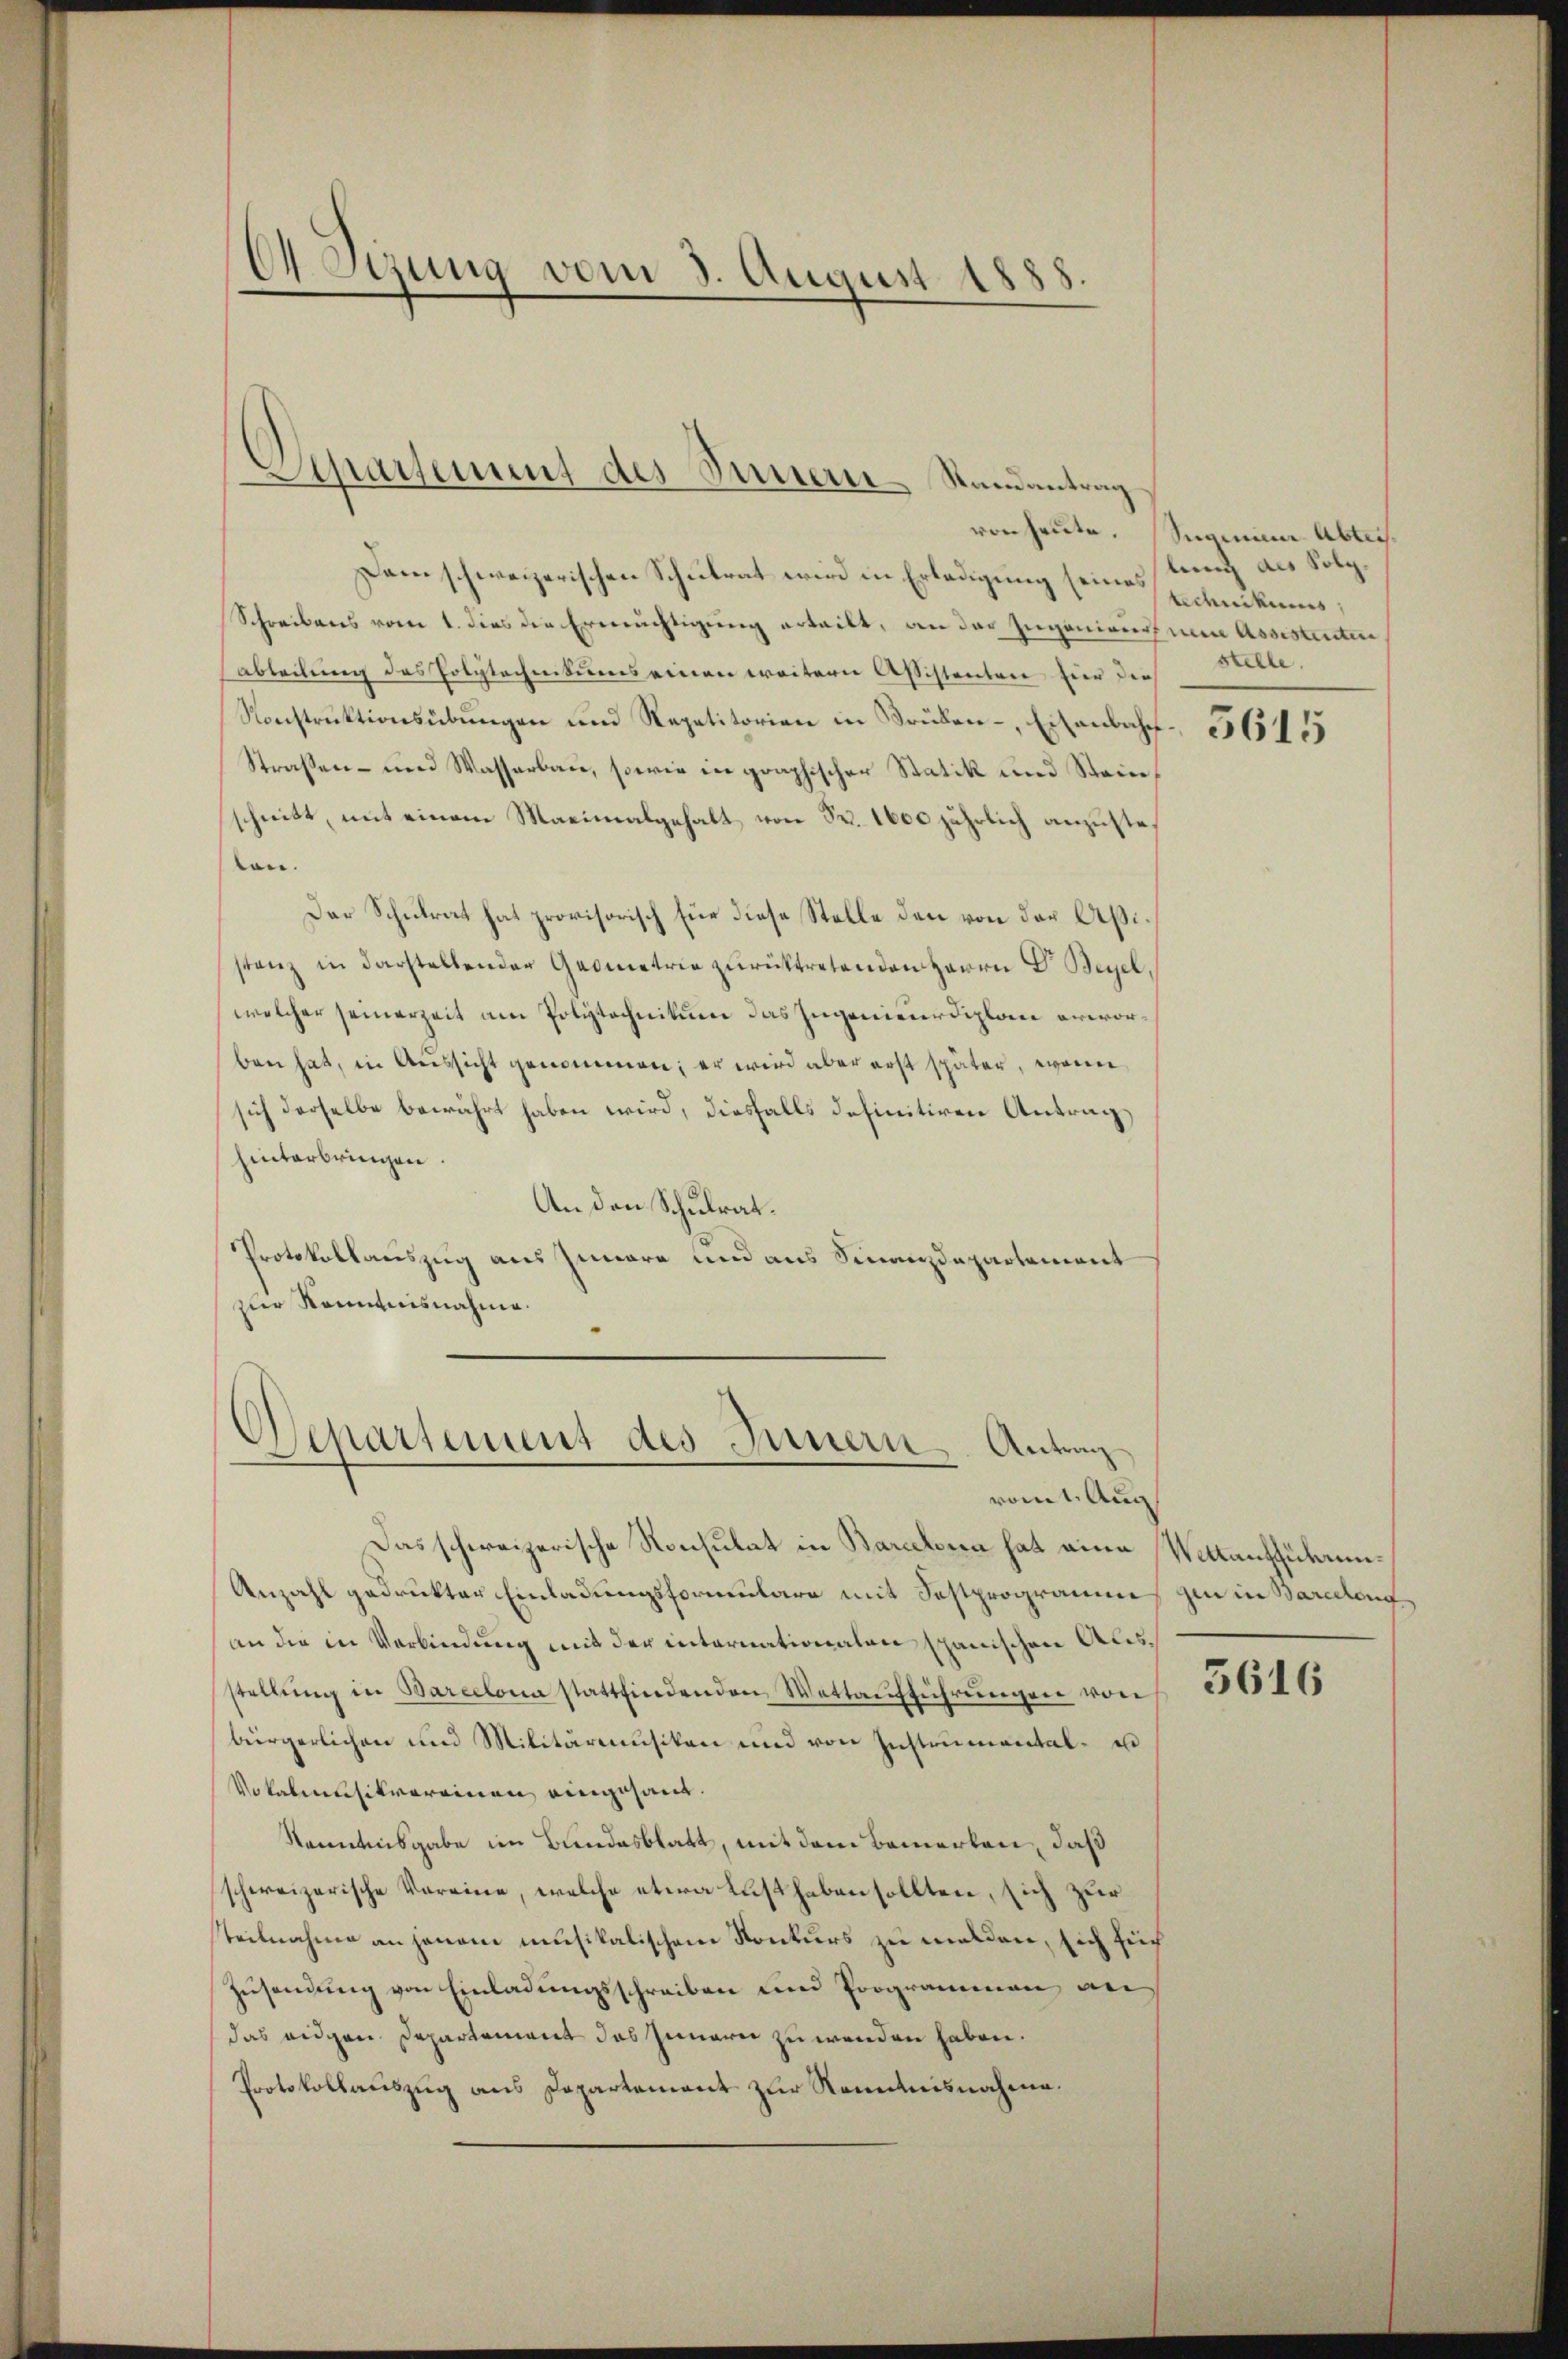
64 Szung vom 3. August 1888.

Separtement des Stern Randantrag

Dam schweizerischen Schulrat wird in Erledigung seines lung als Folg¬
Schreibens vom 1. dies die Ermächtigung erteilt, an des Ingeniens in Assistenten
abteilung des Polytechnitums einen weitern Assistenten für die
Konstruktionsübungen und Repetitorien in Trülen-, Eisenbahn¬
Straßen- und Wasserbau, sowie in graphischer Statik und Stein
schnitt, mit einem Maximalgehalt von Nr. 1600 jährlich anzustevon.
Der Schulrat hat provisorisch für diese Stelle den von der Aßistanz in darstellender Geometrie zurücktretenden Herrn Dr. Beyel,
welcher seinerzeit am Polytechnikum das Ingenieur diplane erworben hat, in Aussicht genommen; er wird aber erst später, wenn
sich derselbe bewährt haben wird, diesfalls definitiven Antrag,
hinterbringen.
An den Schulrat¬
Protokollauszug aus Innere und aus Finanzdepartement
zur Kenntnisnahme.

Departement des Innern, Antrag
vomt. Aug

Das schweizerische Konsulat in Barceloren hat eine Weltaufführen¬
Anzahl gedrukten Einladungsformulare mit Festprogramm zu in Barceleng
an die in Verbindung mit der internationalen spanischen Ausstellŭng in Barcelona stattfindenden Wottaŭfführŭngen von
bürgerlichen und Militärmusiken und von Instrumental- u
Vokalmasikvereinen eingesant.
Kenntnisgabe im Bundesblatt, mit dem Bemerken, daß
schweizerische Vereine, welche etwa Lust haben sollten, sich zur
Teilnahme an jenem musikalischem Konturs zu melden, sich such
Zusendung von Einladungsschreiben und Programmen an
das eidgen. Departement das Innern zu wenden haben.
Protokollauszug aus Departement zur Kenntnisnahme.

von heute. Samni Abteistechnikums,
stelle.

5615

5616